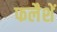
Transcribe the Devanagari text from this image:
फलैशें